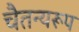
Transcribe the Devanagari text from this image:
चैतन्यरूप